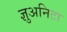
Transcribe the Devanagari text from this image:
ज्ञुअनिटा